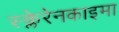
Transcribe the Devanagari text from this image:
स्क्लेरेनकाइमा